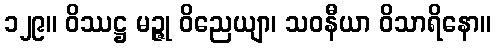
၁၂၉။ ဝိဿဋ္ဌ မဉ္ဇု ဝိညေယျာ၊ သဝနီယာ ဝိသာရိနော။